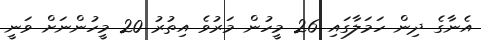
އެނާގެ ދިން ހަމަލާގައި 26 މީހުން މަރުވެ އިތުރު 20 މީހުންނަށް ވަނީ